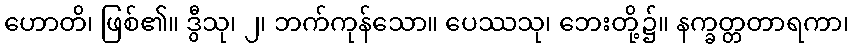
ဟောတိ၊ ဖြစ်၏။ ဒွီသု၊ ၂၊ ဘက်ကုန်သော။ ပေဿသု၊ ဘေးတို့၌။ နက္ခတ္တတာရကာ၊